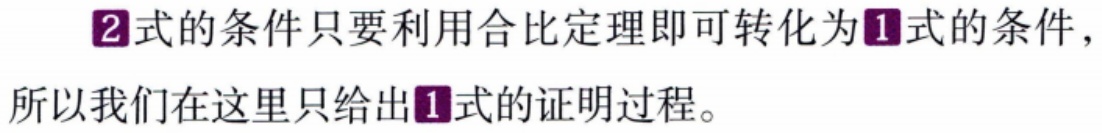
\textcircled{2}式的条件只要利用合比定理即可转化为\textcircled{1}式的条件，所以我们在这里只给出\textcircled{1}式的证明过程。